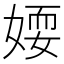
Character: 𡞾